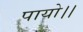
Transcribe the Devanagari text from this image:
पायो।।